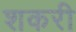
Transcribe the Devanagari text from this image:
शकरी